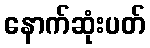
နောက်ဆုံးပတ်